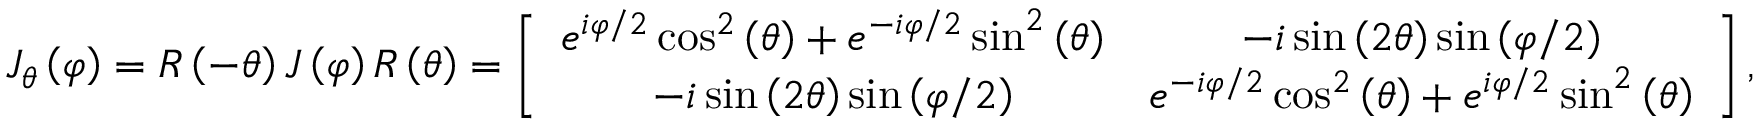
J _ { \theta } \left( \varphi \right) = R \left( - \theta \right) J \left( \varphi \right) R \left( \theta \right) = \left[ \begin{array} { c c } { e ^ { i \varphi / 2 } \cos ^ { 2 } \left( \theta \right) + e ^ { - i \varphi / 2 } \sin ^ { 2 } \left( \theta \right) } & { - i \sin \left( 2 \theta \right) \sin \left( \varphi / 2 \right) } \\ { - i \sin \left( 2 \theta \right) \sin \left( \varphi / 2 \right) } & { e ^ { - i \varphi / 2 } \cos ^ { 2 } \left( \theta \right) + e ^ { i \varphi / 2 } \sin ^ { 2 } \left( \theta \right) } \end{array} \right] ,